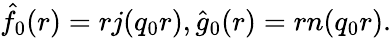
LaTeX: \hat{f}_{0}(r)=rj(q_{0}r),\hat{g}_{0}(r)=rn(q_{0}r).